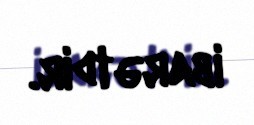
ibarətdir.